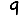
Digit: 9